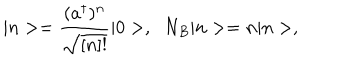
| n > = \frac { ( a ^ { \dagger } ) ^ { n } } { \sqrt { [ n ] ! } } | 0 > , \; \; N _ { B } | n > = n | n > ,